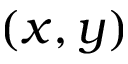
( x , y )